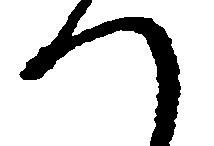
つ